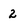
Character: 2